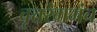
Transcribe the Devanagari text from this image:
वृत्तरंगमंच